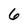
Character: 6